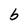
Character: b